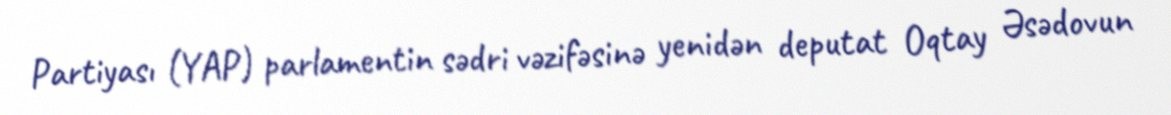
Partiyası (YAP) parlamentin sədri vəzifəsinə yenidən deputat Oqtay Əsədovun